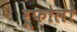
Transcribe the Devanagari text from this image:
रूफोलो